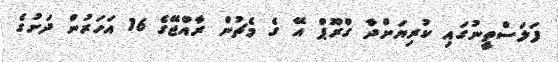
ފަލަސްތީނުގައި ކުރިޔަށްދާ ގްރޫޕް އޭ ގެ މެޗުން ރާއްޖޭގެ 16 އަހަރުން ދަށުގެ